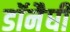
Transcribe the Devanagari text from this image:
डॉनैघी